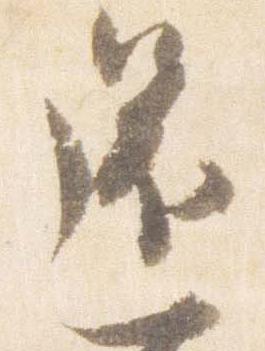
還